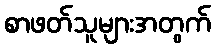
စာဖတ်သူများအတွက်